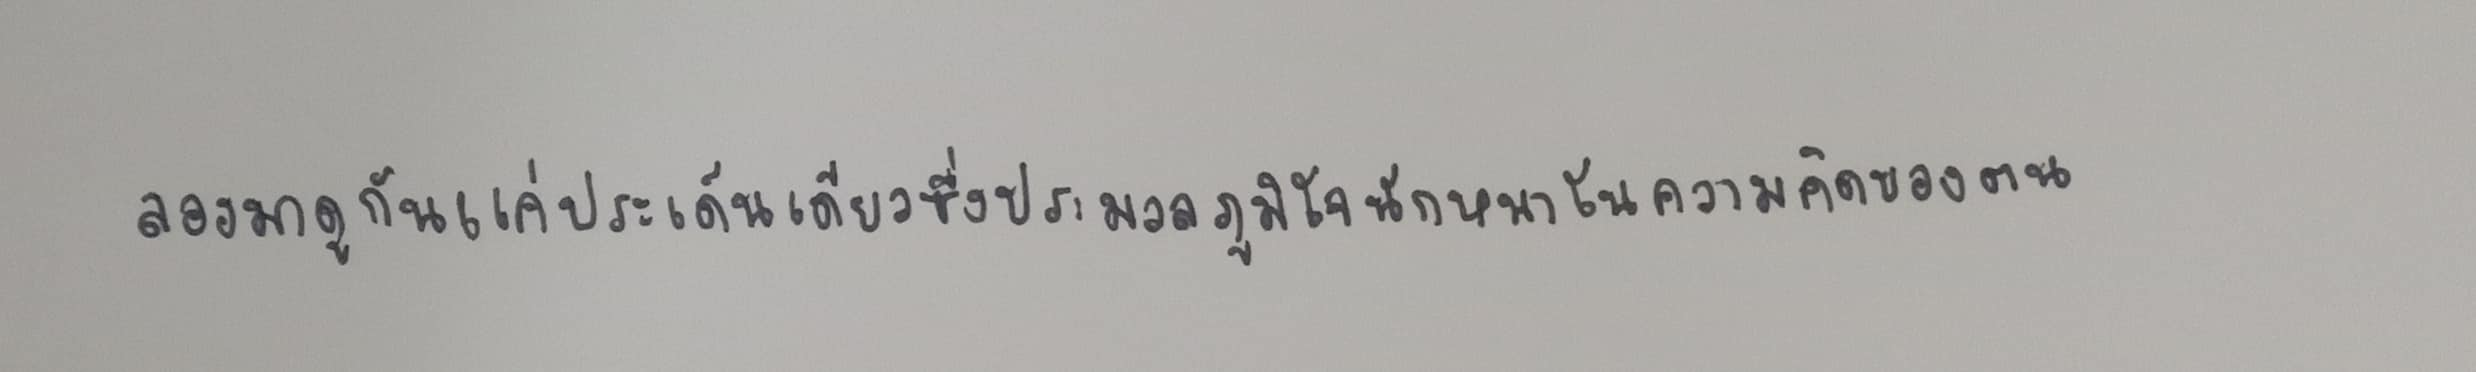
ลองมาดูกันแค่ประเด็นเดียวซึ่งประมวลภูมิใจนักหนาในความคิดของตน